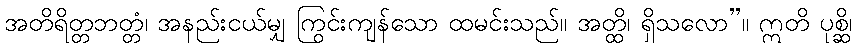
အတိရိတ္တဘတ္တံ၊ အနည်းငယ်မျှ ကြွင်းကျန်သော ထမင်းသည်။ အတ္ထိ၊ ရှိသလော”။ ဣတိ ပုစ္ဆိ၊